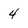
Character: 4